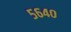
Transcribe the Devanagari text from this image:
५६४०